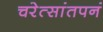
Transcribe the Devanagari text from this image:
चरेत्सांतपनं